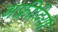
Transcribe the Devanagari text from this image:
अफ्रीदियों